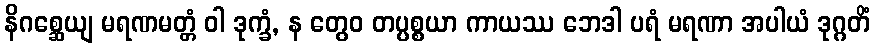
နိဂစ္ဆေယျ မရဏမတ္တံ ဝါ ဒုက္ခံ, န တွေဝ တပ္ပစ္စယာ ကာယဿ ဘေဒါ ပရံ မရဏာ အပါယံ ဒုဂ္ဂတိံ